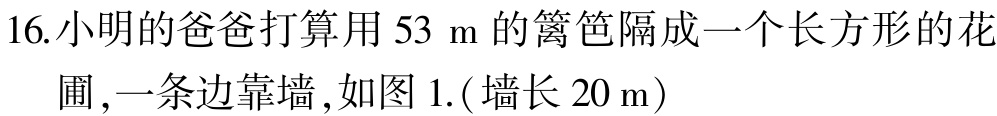
16.小明的爸爸打算用\(53\ \text{m}\)的篱笆隔成一个长方形的花圃,一条边靠墙,如图1.(墙长\(20\ \text{m}\))